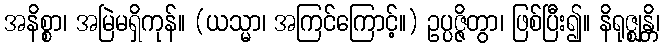
အနိစ္စာ၊ အမြဲမရှိကုန်။ (ယသ္မာ၊ အကြင်ကြောင့်။) ဥပ္ပဇ္ဇိတွာ၊ ဖြစ်ပြီး၍။ နိရုဇ္ဈန္တိ၊